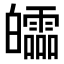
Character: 𤾻